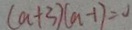
( a + 3 ) ( a - 1 ) = 0